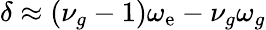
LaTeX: \delta\approx(\nu_{g}-1)\omega_{\mathrm{e}}-\nu_{g}\omega_{g}